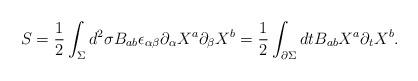
LaTeX: \begin{align*}S=\frac{1}{2} \int_\Sigma d^2\sigma B_{ab}\epsilon_{\alpha\beta}\partial_\alpha X^a \partial_\beta X^b = \frac{1}{2} \int_{\partial \Sigma} dt B_{ab} X^a \partial_t X^b.\end{align*}